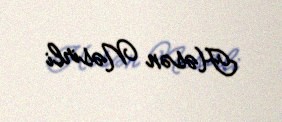
Həsən Nəsirli